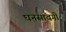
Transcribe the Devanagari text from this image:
घनसांवगी